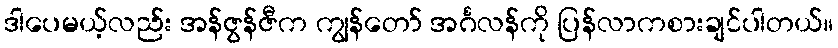
ဒါပေမယ့်လည်း အန်ဇွန်ဇီက ကျွန်တော် အင်္ဂလန်ကို ပြန်လာကစားချင်ပါတယ်။